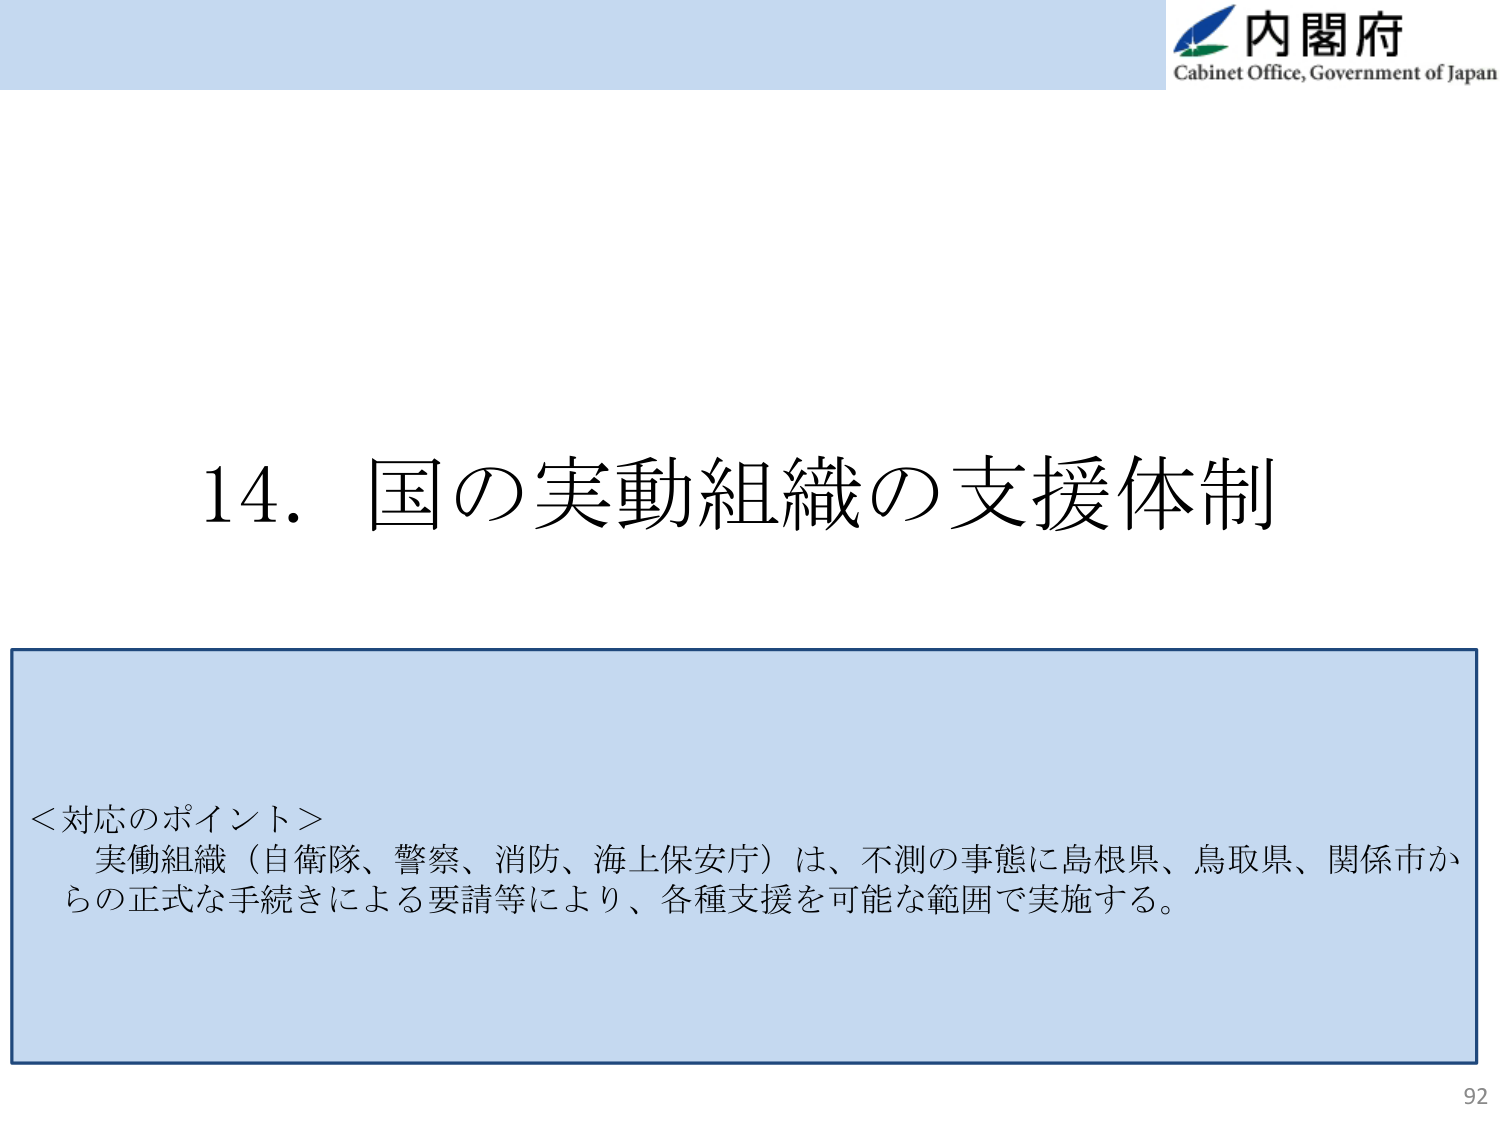
内閣府
Cabinet Office, Government of Japan

14. 国の実動組織の支援体制

＜対応のポイント＞
実働組織（自衛隊、警察、消防、海上保安庁）は、不測の事態に島根県、鳥取県、関係市からの正式な手続きによる要請等により、各種支援を可能な範囲で実施する。

92